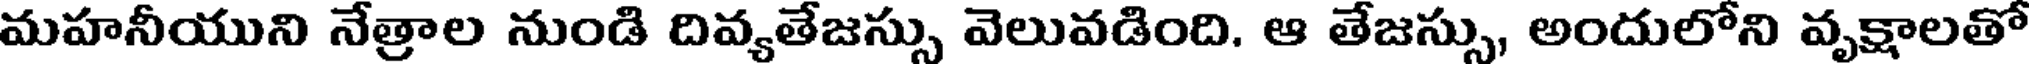
మహనీయుని నేత్రాల నుండి దివ్యతేజస్సు వెలువడింది. ఆ తేజస్సు, అందులోని వృక్షాలతో